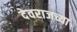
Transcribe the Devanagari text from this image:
देवराजच्या